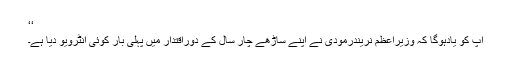
‘‘
آپ کو یادہوگا کہ وزیراعظم نریندرمودی نے اپنے ساڑھے چار سال کے دوراقتدار میں پہلی بار کوئی انٹرویو دیا ہے۔